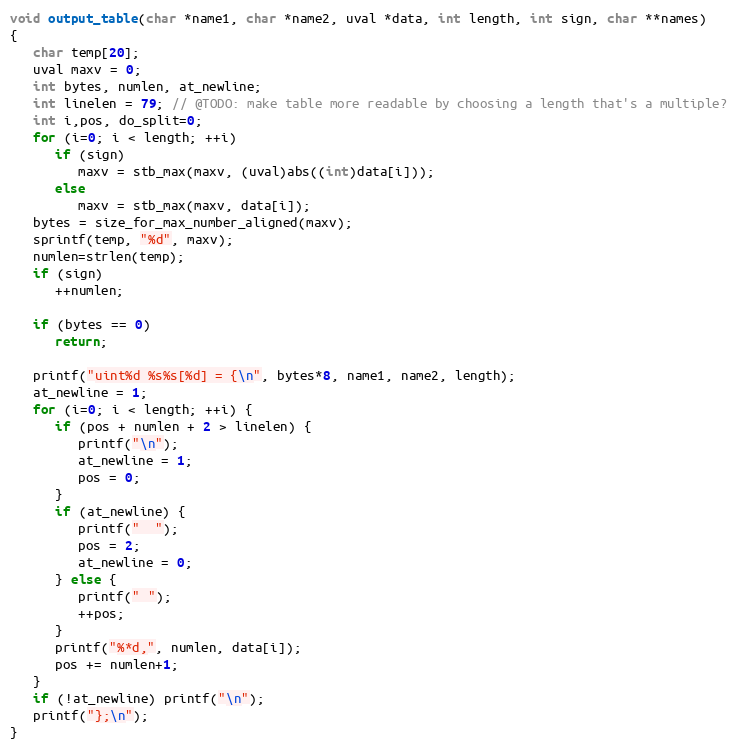
Language: C
void output_table(char *name1, char *name2, uval *data, int length, int sign, char **names)
{
   char temp[20];
   uval maxv = 0;
   int bytes, numlen, at_newline;
   int linelen = 79; // @TODO: make table more readable by choosing a length that's a multiple?
   int i,pos, do_split=0;
   for (i=0; i < length; ++i)
      if (sign)
         maxv = stb_max(maxv, (uval)abs((int)data[i]));
      else
         maxv = stb_max(maxv, data[i]);
   bytes = size_for_max_number_aligned(maxv);
   sprintf(temp, "%d", maxv);
   numlen=strlen(temp);
   if (sign)
      ++numlen;

   if (bytes == 0)
      return;

   printf("uint%d %s%s[%d] = {\n", bytes*8, name1, name2, length);
   at_newline = 1;
   for (i=0; i < length; ++i) {
      if (pos + numlen + 2 > linelen) {
         printf("\n");
         at_newline = 1;
         pos = 0;
      }
      if (at_newline) {
         printf("  ");
         pos = 2;
         at_newline = 0;
      } else {
         printf(" ");
         ++pos;
      }
      printf("%*d,", numlen, data[i]);
      pos += numlen+1;
   }
   if (!at_newline) printf("\n");
   printf("};\n");
}